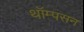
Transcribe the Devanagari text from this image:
थॉम्‍पसन